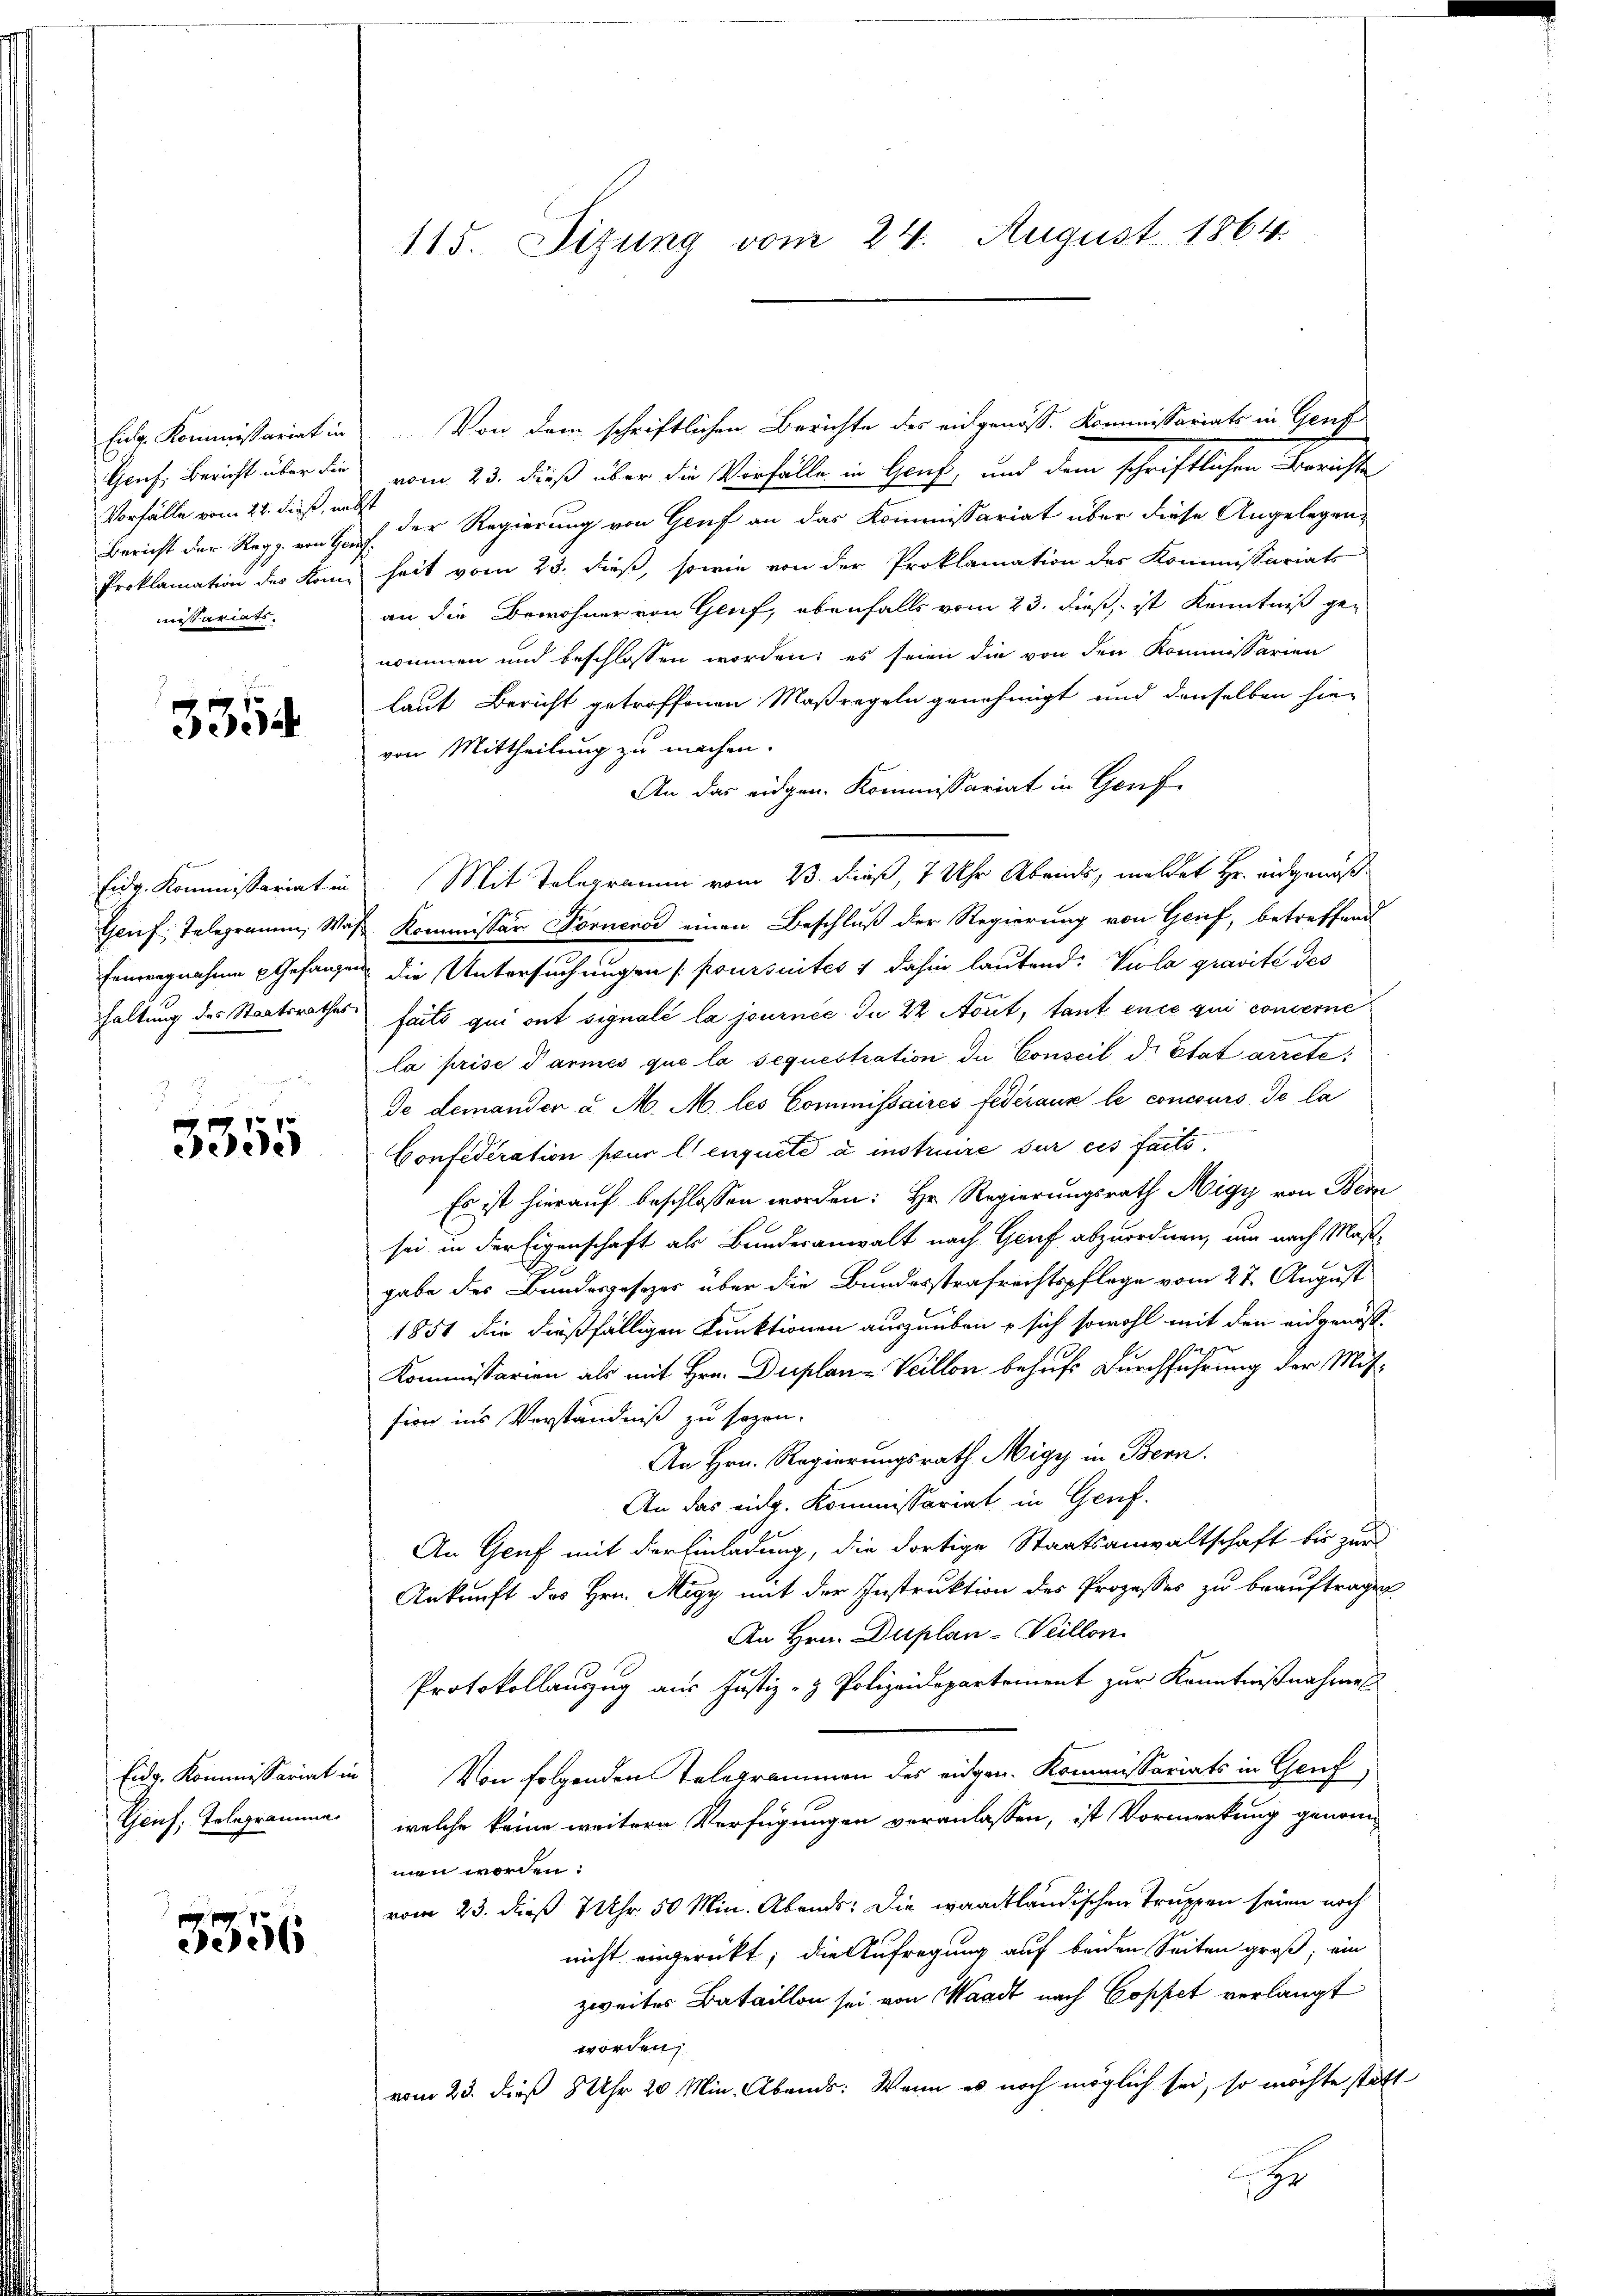
Eidg. Kommissariat in
Genf, Bericht über die
Vorfälle vom 22. dieß, un
Bericht der Regg. von Ge
Proklamation des Kommissariats-

3354

Eidg. Kommissariat in
Thauf Telegramm, Was
Eintragnahme Gefangen
haltung des Staatsrathes

.
3355

Eidg. Kommissariat in
Genf, Telegramme

3356

115. Sizung vom 24. August 1864.

Von dem schriftlichen Berichte des eingenoss. Kommissariats in Gent
vom 23. dieß über die Vorfälle in Genf, und dem schriftlichen Berichte
) der Regierung von Genf an das Kommissariat über diese Angelegenheit vom 23. dieß, sowie von der Proklamation des Kommissariats
an die Bewohner von Genf, ebenfalls vom 23. dieß, ist Kenntniß genommen und beschlossen worden; es seien die von den Kommissarien
laut Bericht getroffenen Maßregeln genehmigt und denselben hievon Mittheilung zu machen.
An das eidgen. Kommissariat in Genf
Mit Telegramm vom 23. dieß, 1 Uhr Abends, meldet Hr. eidgenoß¬
Kommissär Forneros einen Beschluß der Regierung von Gruf, betreffend
die Untersuchungen poursuites & dahin lautend: Vula gravité des
faits qui ont signalé la journée du 22 Nout, tant ence qui concerne
la prise darmes que la sequestration die Conseil d. Etat arrete
de demander u. M. M. les Commissaires fédéraux le concours de la
Confederation pour l) enquete a instruire sur ces faits.
Es ist hierauf beschlossen worden: Hr. Regierungsrath Nigy von Bern
sei in der Eigenschaft als Bundesanwalt nach Genf abzuordnen, um nach Maß¬
.
gabe des Bundesgesetzes über die Bundesstrafrechtspflege vom 27. August
1851 die dießfälligen Funktionen auszuüben, sich sowohl mit den eidgenöß
9
Kommissarien als mit Hrn. Duplan -Veillon behufs Durchführung der Mitsion ins Vorständniß zu sezen-
An Hrn. Regierungsrath Nigy in Bern.
An das eidg. Kommissariat in Genf.
An Genf mit der Einladung, die dortige Staatsanwaltschaft bis zur
Ankunft des Hrn. May mit der Instruktion des Prozesses zu beauftragen
An Hrn. Duplan-Veillon
Protokollanzug aus Justiz- & Polizeidepartement zur Kenntnißnahmes
Von folgenden Telegrammen des eidgen. Kommissariats in Genf
welche keine weitern Verfügungen veranlassen, ist Vormerkung genommen worden:
vom 23. dieß 7 Uhr 50 Min. Abends: Die waadtländischen Truppen seien noch
nicht angerückt; die Aufregung auf beiden Seiten groß, ein
zweiter Bataillon sei von Waadt nach Coppet verlangt
worden,
vom 23. dieß 8 Uhr 20 Min. Abends: Wenn es noch möglich sei, so möchte statt
s